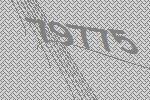
79775